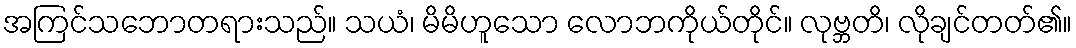
အကြင်သဘောတရားသည်။ သယံ၊ မိမိဟူသော လောဘကိုယ်တိုင်။ လုဗ္ဘတိ၊ လိုချင်တတ်၏။